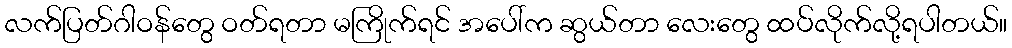
လက်ပြတ်ဂါဝန်တွေ ဝတ်ရတာ မကြိုက်ရင် အပေါ်က ဆွယ်တာ လေးတွေ ထပ်လိုက်လို့ရပါတယ်။